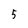
Character: 5